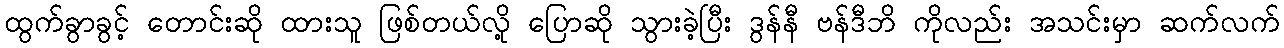
ထွက်ခွာခွင့် တောင်းဆို ထားသူ ဖြစ်တယ်လို့ ပြောဆို သွားခဲ့ပြီး ဒွန်နီ ဗန်ဒီဘိ ကိုလည်း အသင်းမှာ ဆက်လက်